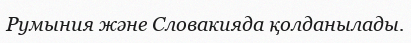
Румыния және Словакияда қолданылады.